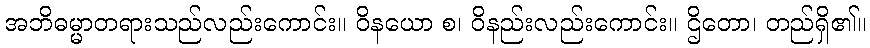
အဘိဓမ္မာတရားသည်လည်းကောင်း။ ဝိနယော စ၊ ဝိနည်းလည်းကောင်း။ ဌိတော၊ တည်ရှိ၏။